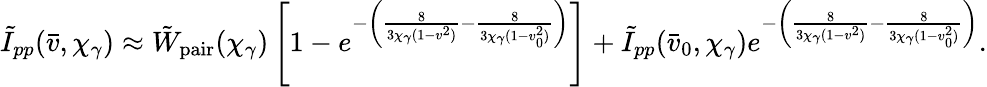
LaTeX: \tilde{I}_{pp}(\bar{v},\chi_{\gamma})\approx\tilde{W}_{\mathrm{pair}}(\chi_{\gamma})\left[1-e^{-\left(\frac{8}{3\chi_{\gamma}(1-v^{2})}-\frac{8}{3\chi_{\gamma}(1-v_{0}^{2})}\right)}\right]+\tilde{I}_{pp}(\bar{v}_{0},\chi_{\gamma})e^{-\left(\frac{8}{3\chi_{\gamma}(1-v^{2})}-\frac{8}{3\chi_{\gamma}(1-v_{0}^{2})}\right)}.